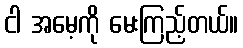
ငါ အမေ့ကို မေးကြည့်တယ်။